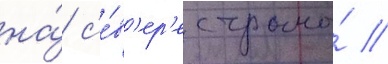
на́ с'е́в'ер'е страны́ //